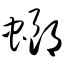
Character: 螂